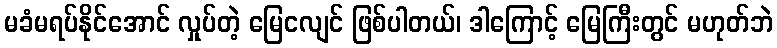
မခံမရပ်နိုင်အောင် လှုပ်တဲ့ မြေငလျင် ဖြစ်ပါတယ်၊ ဒါကြောင့် မြေကြီးတွင် မဟုတ်ဘဲ